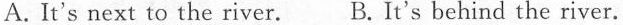
A. It's next to the river.B. It's behind the river.